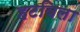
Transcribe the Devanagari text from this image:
हटविला